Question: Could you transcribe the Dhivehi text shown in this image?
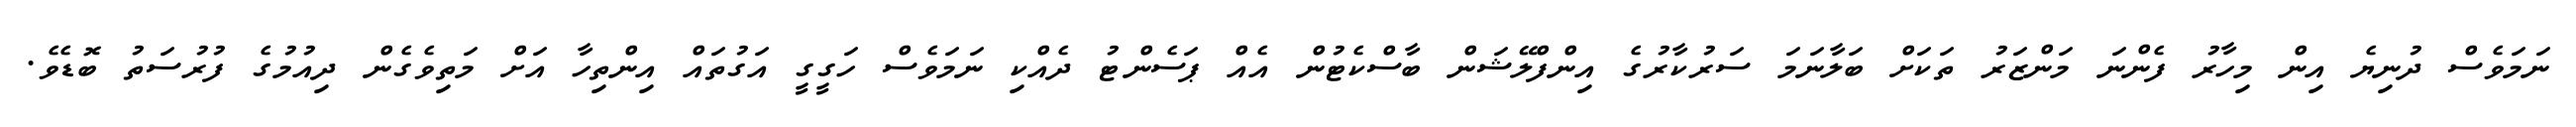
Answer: ނަމަވެސް ދުނިޔެ އިން މިހާރު ފެންނަ މަންޒަރު ތަކަށް ބަލާނަމަ ސަރުކާރުގެ އިންފްލޭޝަން ބާސްކެޓުން އެއް ޕަސެންޓު ދެއްކި ނަމަވެސް ހަގީގީ އަގުތައް އިންތިހާ އަށް މަތިވެގެން ދިއުމުގެ ފުރުސަތު ބޮޑެވެ.